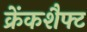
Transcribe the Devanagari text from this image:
क्रेंकशैफ्ट